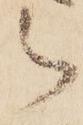
被